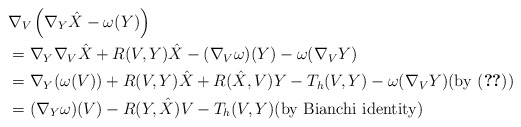
\begin{align*}&\nabla_V \left(\nabla_Y \hat X - \omega(Y )\right) \\&= \nabla_Y \nabla_V \hat X + R(V, Y)\hat X - (\nabla_V \omega)(Y) - \omega(\nabla_V Y)\\&=\nabla_Y (\omega (V)) + R(V, Y) \hat X + R(\hat X, V) Y - T_h (V, Y) - \omega(\nabla_V Y)\mbox{(by \eqref{eq:ODE})}\\&=(\nabla_Y \omega )(V) - R(Y, \hat X) V - T_h (V, Y)\mbox{(by Bianchi identity)}\end{align*}